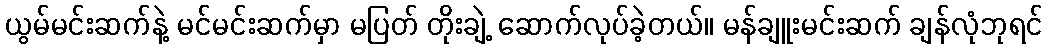
ယွမ်မင်းဆက်နဲ့ မင်မင်းဆက်မှာ မပြတ် တိုးချဲ့ ဆောက်လုပ်ခဲ့တယ်။ မန်ချူးမင်းဆက် ချန်လုံဘုရင်